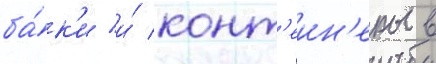
ба́к'и и́ конт'еин'еры в